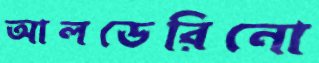
আলডেরিনো